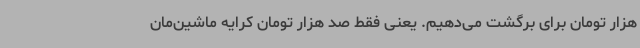
هزار تومان برای برگشت می‌دهیم. یعنی فقط صد هزار تومان کرایه ماشین‌مان